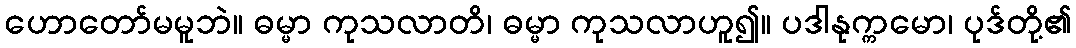
ဟောတော်မမူဘဲ။ ဓမ္မာ ကုသလာတိ၊ ဓမ္မာ ကုသလာဟူ၍။ ပဒါနုက္ကမော၊ ပုဒ်တို့၏